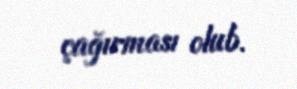
çağırması olub.